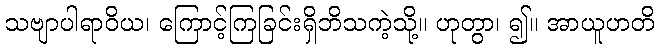
သဗျာပါရာဝိယ၊ ကြောင့်ကြခြင်းရှိဘိသကဲ့သို့။ ဟုတွာ၊ ၍။ အာယူဟတိ